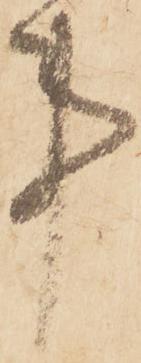
事